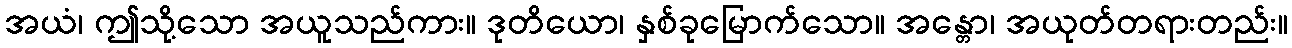
အယံ၊ ဤသို့သော အယူသည်ကား။ ဒုတိယော၊ နှစ်ခုမြောက်သော။ အန္တော၊ အယုတ်တရားတည်း။